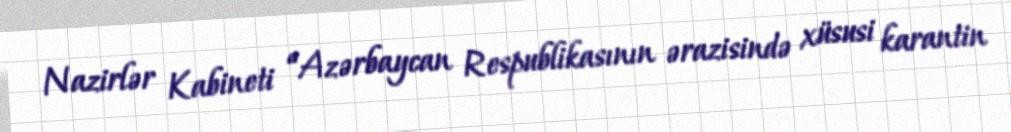
Nazirlər Kabineti “Azərbaycan Respublikasının ərazisində xüsusi karantin